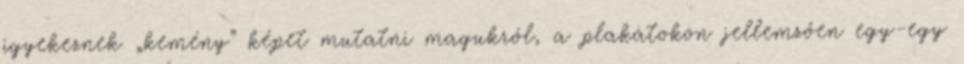
igyekeznek „kemény” képet mutatni magukról, a plakátokon jellemzően egy-egy